Indian journal of veterinary science and animal husbandry - Volumes 15-17, 1948-1951
Year: 1948
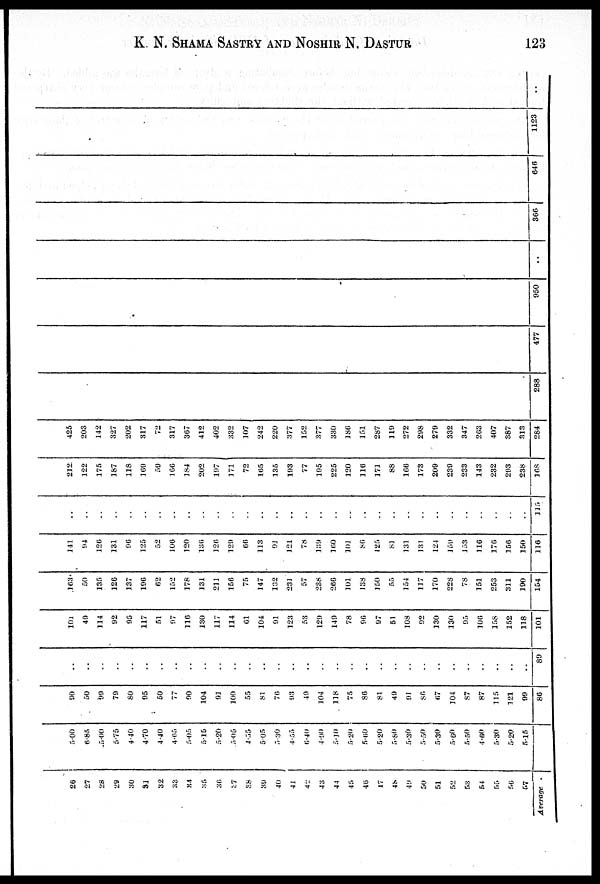
K. N. SHAMA SASTRY AND NOSHIR N.
DASTUR
123
26
27
28
29
30
31
32
33
34
35
36
37
38
39
40
41
42
43
44
45
46
47
48
49
50
51
52
53
54
55
56
57
Average.
5.00
6.85
5.00
5.75
4.40
4.70
4.40
4.65
5.05
5.15
5.20
5.05
4.55
5 05
5.30
4.55
6.40
4.90
5.10
5.20
5.60
5.20
5.80
5.30
5.50
5.30
5.60
5.50
4.60
5.30
5.20
5.15
90
50
99
79
80
95
50
77
90
104
91
100
55
81
76
93
49
104
118
75
86
81
49
91
86
67
104
87
87
115
121
99
86
. .
. .
. .
. .
. .
. .
. .
. .
. .
. .
. .
. .
. .
. .
. .
. .
. .
. .
. .
. .
. .
. .
. .
. .
. .
. .
. .
. .
. .
..
..
89
101
49
114
92
95
117
51
97
116
130
117
114
61
104
91
123
53
129
149
78
96
97
51
108
92
130
130
95
106
158
152
118
101
163
50
135
126
137
196
62
152
178
131
211
156
75
147
132
231
57
238
266
101
138
150
55
154
117
170
228
78
151
253
311
190
154
141
94
126
131
96
125
52
106
120
136
126
129
66
113
91
121
78
139
160
101
86
125
81
131
131
124
159
153
116
176
156
150
116
. .
. .
. .
. .
. .
. .
. .
. .
. .
. .
. .
. .
. .
. .
. .
. ...
. .
. .
. .
. .
. .
. .
. .
. .
. .
. .
. .
. .
. .
. .
. .
. .
115
212
122
175
187
118
169
59
166
184
202
197
171
72
165
135
193
77
195
225
120
116
171
88
166
173
209
239
233
143
232
293
238
168
425
203
142
327
202
317
72
317
367
412
402
332
107
242
220
377
152
377
330
186
151
287
119
272
298
279
332
347
263
407
387
313
284
288
477
950
..
366
646
1123